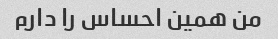
من همین احساس را دارم